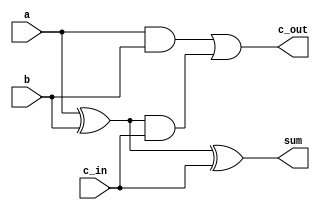
`timescale 1ns / 1ps
//////////////////////////////////////////////////////////////////////////////////
// Company: 
// Engineer: 
// 
// Design Name: 
// Module Name: fa_str
// Project Name: 
// Target Devices: 
// Tool Versions: 
// Description: 
// 
// Dependencies: 
// 
// Revision:
// Revision 0.01 - File Created
// Additional Comments:
// 
//////////////////////////////////////////////////////////////////////////////////


module fa_str(sum,c_out,a,b,c_in);
    input a,b,c_in;
    output sum,c_out;
    wire t1,t2,k;
    xor g1(t1,a,b);
    xor g2(sum,t1,c_in);
    and g3(t2,t1,c_in);
    and g4(k,a,b);
    or g5(c_out,k,t2);
endmodule